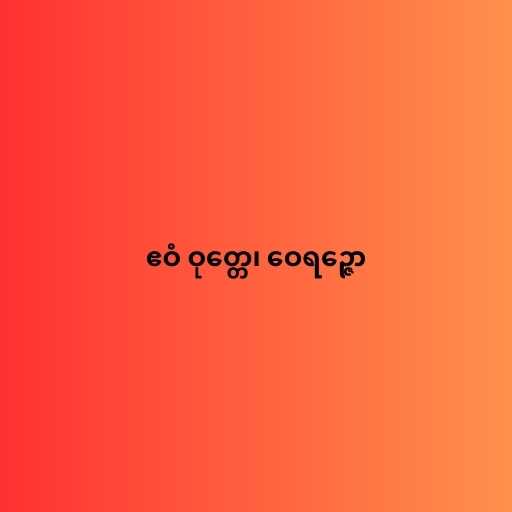
ဧဝံ ဝုတ္တေ၊ ဝေရဉ္ဇော